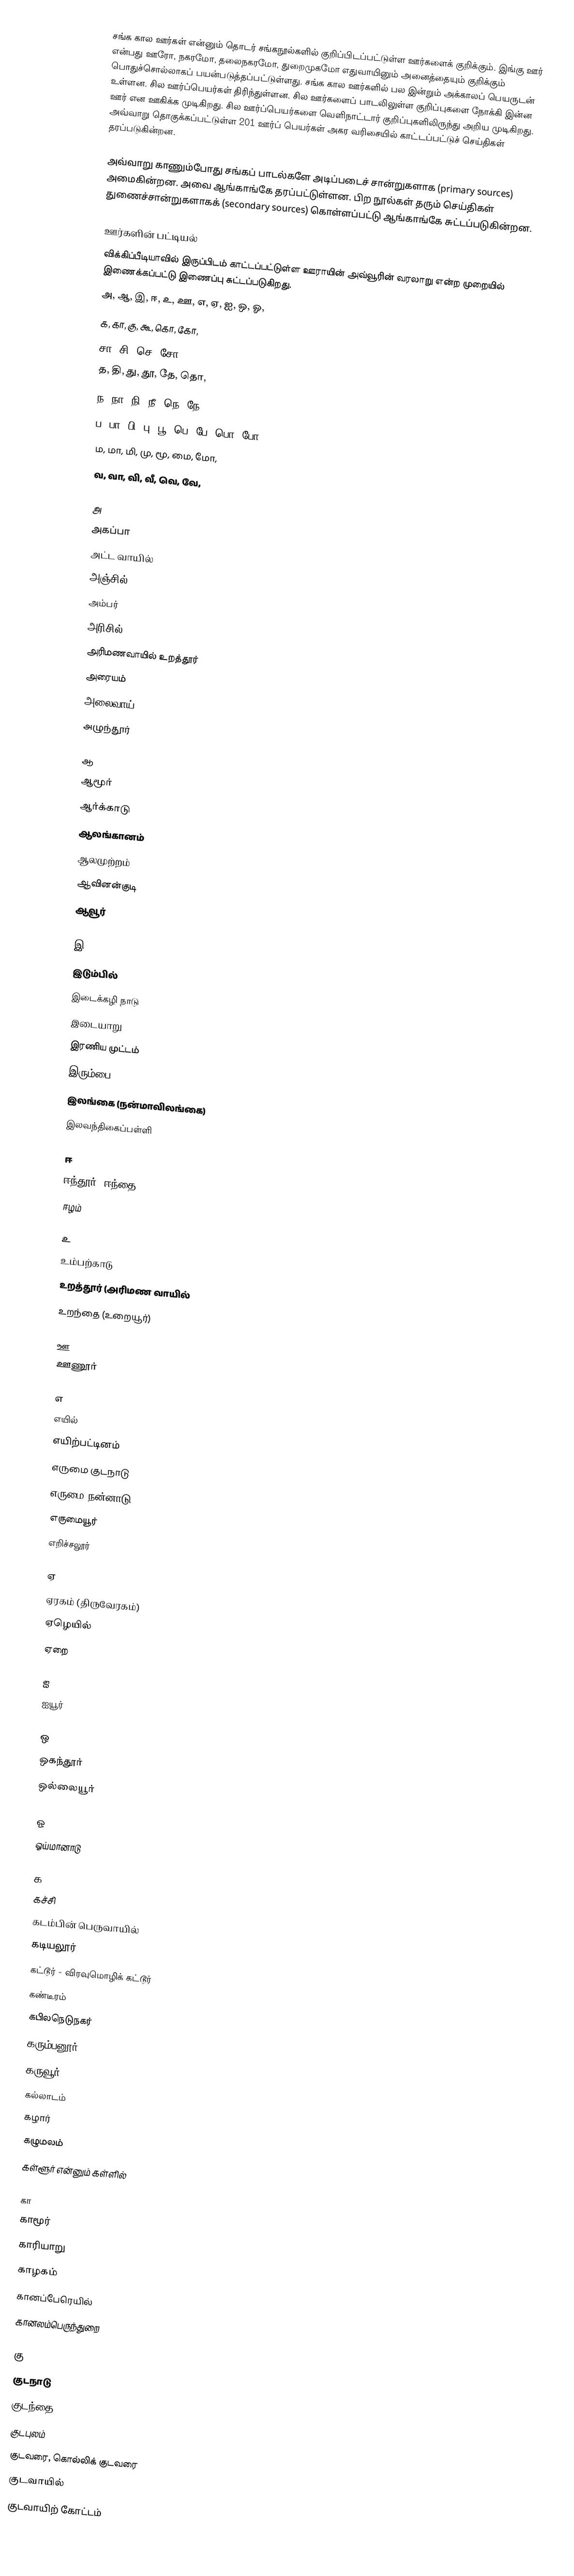
சங்க கால ஊர்கள் என்னும் தொடர் சங்கநூல்களில் குறிப்பிடப்பட்டுள்ள ஊர்களைக் குறிக்கும். இங்கு ஊர் என்பது ஊரோ, நகரமோ, தலைநகரமோ, துறைமுகமோ எதுவாயினும் அனைத்தையும் குறிக்கும் பொதுச்சொல்லாகப் பயன்படுத்தப்பட்டுள்ளது. சங்க கால ஊர்களில் பல இன்றும் அக்காலப் பெயருடன் உள்ளன. சில ஊர்ப்பெயர்கள் திரிந்துள்ளன. சில ஊர்களைப் பாடலிலுள்ள குறிப்புகளை நோக்கி இன்ன ஊர் என ஊகிக்க முடிகிறது. சில ஊர்ப்பெயர்களை வெளிநாட்டார் குறிப்புகளிலிருந்து அறிய முடிகிறது. அவ்வாறு தொகுக்கப்பட்டுள்ள 201 ஊர்ப் பெயர்கள் அகர வரிசையில் காட்டப்பட்டுச்  செய்திகள் தரப்படுகின்றன.

அவ்வாறு காணும்போது சங்கப் பாடல்களே அடிப்படைச் சான்றுகளாக (primary sources) அமைகின்றன. அவை ஆங்காங்கே தரப்பட்டுள்ளன. பிற நூல்கள் தரும் செய்திகள் துணைச்சான்றுகளாகக் (secondary sources) கொள்ளப்பட்டு ஆங்காங்கே சுட்டப்படுகின்றன.

ஊர்களின் பட்டியல்
விக்கிப்பீடியாவில் இருப்பிடம் காட்டப்பட்டுள்ள ஊராயின் அவ்வூரின் வரலாறு என்ற முறையில் இணைக்கப்பட்டு இணைப்பு சுட்டப்படுகிறது.
 அ, ஆ, இ, ஈ, உ, ஊ, எ, ஏ, ஐ, ஒ, ஓ,
 க, கா, கு, கூ, கொ, கோ,
 சா, சி, செ, சோ,
 த, தி, து, தூ, தே, தொ,
 ந, நா, நி, நீ, நெ, நே,
 ப, பா, பி, பு, பூ, பெ, பே, பொ, போ,
 ம, மா, மி, மு, மூ, மை, மோ,
 வ, வா, வி, வீ, வெ, வே,

அ
 அகப்பா
 அட்ட வாயில்
 அஞ்சில்
 அம்பர்
 அரிசில்
 அரிமணவாயில் உறத்தூர்
 அரையம்
 அலைவாய்
 அழுந்தூர்

ஆ
 ஆமூர்
 ஆர்க்காடு
 ஆலங்கானம்
 ஆலமுற்றம்
 ஆவினன்குடி
 ஆவூர்

இ
 இடும்பில்
 இடைக்கழி நாடு
 இடையாறு
 இரணிய முட்டம்
 இரும்பை
 இலங்கை (நன்மாவிலங்கை)
 இலவந்திகைப்பள்ளி

ஈ
 ஈந்தூர் (ஈந்தை)
 ஈழம்

உ
 உம்பற்காடு
 உறத்தூர் (அரிமண வாயில்
 உறந்தை (உறையூர்)

ஊ
 ஊணூர்

எ
 எயில்
 எயிற்பட்டினம்
 எருமை குடநாடு
 எருமை நன்னாடு
 எருமையூர்
 எறிச்சலூர்

ஏ
 ஏரகம் (திருவேரகம்)
 ஏழெயில்
 ஏறை

ஐ
 ஐயூர்

ஒ
 ஒகந்தூர்
 ஒல்லையூர்

ஓ
 ஓய்மானாடு

க
 கச்சி
 கடம்பின் பெருவாயில்
 கடியலூர்
 கட்டூர் - விரவுமொழிக் கட்டூர்
 கண்டீரம்
 கபிலநெடுநகர்
 கரும்பனூர்
 கருவூர்
 கல்லாடம்
 கழார்
 கழுமலம்
 கள்ளூர் என்னும் கள்ளில்

கா
 காமூர்
 காரியாறு
 காழகம்
 கானப்பேரெயில்
 கானலம்பெருந்துறை

கு
 குடநாடு
 குடந்தை
 குடபுலம்
 குடவரை, கொல்லிக் குடவரை
 குடவாயில்
 குடவாயிற் கோட்டம்